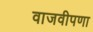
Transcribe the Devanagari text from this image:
वाजवीपणा